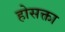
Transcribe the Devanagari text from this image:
होसक्ता